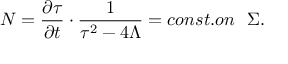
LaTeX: N = \frac { \partial \tau } { \partial t } \cdot \frac { 1 } { \tau ^ { 2 } - 4 \Lambda } = c o n s t . o n \mathrm { ~ \ } \Sigma .